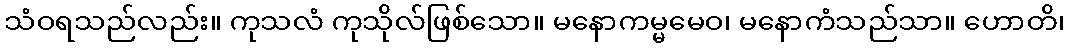
သံဝရသည်လည်း။ ကုသလံ ကုသိုလ်ဖြစ်သော။ မနောကမ္မမေဝ၊ မနောကံသည်သာ။ ဟောတိ၊